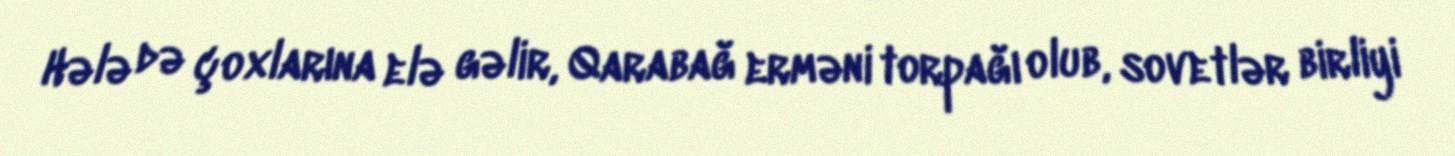
Hələ də çoxlarına elə gəlir, Qarabağ erməni torpağı olub, sovetlər birliyi